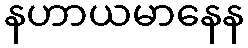
နဟာယမာနေန